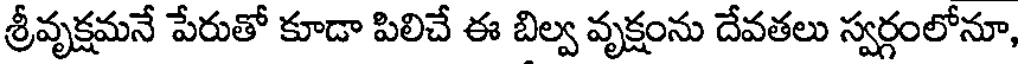
శ్రీవృక్షమనే పేరుతో కూడా పిలిచే ఈ బిల్వ వృక్షంను దేవతలు స్వర్గంలోనూ,